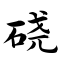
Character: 硗